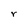
Character: r